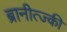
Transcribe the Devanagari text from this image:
ब्रानीत्ज्की